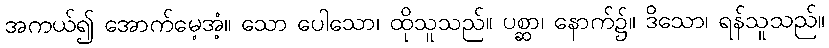
အကယ်၍ အောက်မေ့အံ့။ သော ပေါသော၊ ထိုသူသည်။ ပစ္ဆာ၊ နောက်၌။ ဒိသော၊ ရန်သူသည်။